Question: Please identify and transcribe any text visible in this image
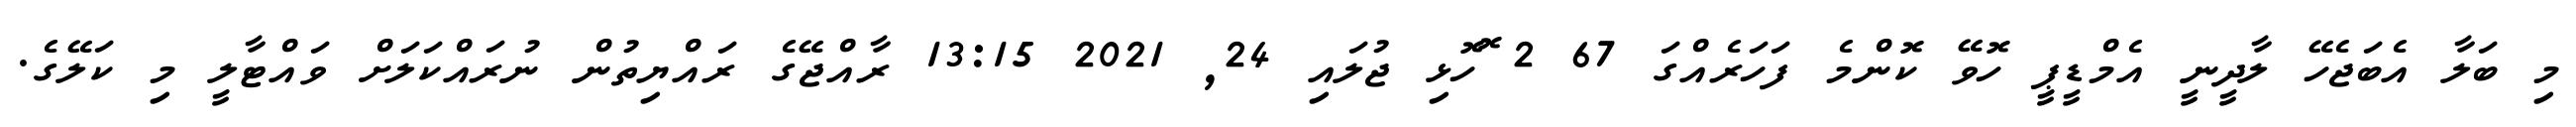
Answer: މި ބަލާ އެބަޖެހޭ ލާދީނީ އެމްޑީޕީ ހޮވޭ ކޮންމެ ފަހަރެއްގަ 67 2 ޮހޮޅި ޖުލައި 24, 2021 13:15 ރާއްޖޭގެ ރައްޔިތުން ނުރައްކަލަށް ވައްޓާލީ މި ކަލޭގެ.